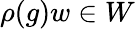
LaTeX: \rho(g)w\in W